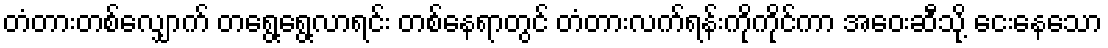
တံတားတစ်လျှောက် တရွေ့ရွေ့လာရင်း တစ်နေရာတွင် တံတားလက်ရန်းကိုကိုင်ကာ အဝေးဆီသို့ ငေးနေသော